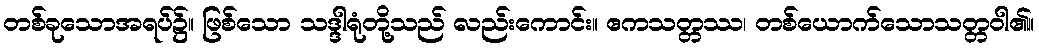
တစ်ခုသောအရပ်၌။ ဖြစ်သော သဒ္ဒါရုံတို့သည် လည်းကောင်း။ ဧကသတ္တဿ၊ တစ်ယောက်သောသတ္တဝါ၏။